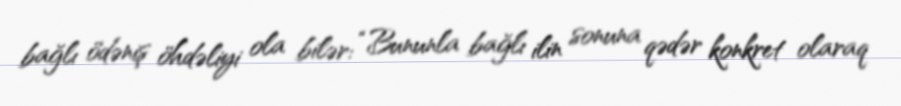
bağlı ödəniş öhdəliyi ola bilər: “Bununla bağlı ilin sonuna qədər konkret olaraq